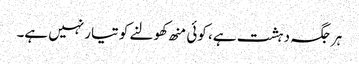
ہرجگہ دہشت ہے، کوئی منھ کھولنے کو تیار نہیں ہے۔